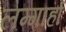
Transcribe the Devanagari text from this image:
लम्गार्हा